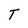
Character: T